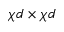
\chi d \times \chi d